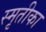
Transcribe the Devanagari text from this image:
स्मृतीका